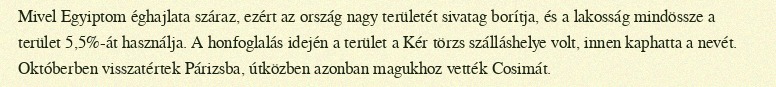
Mivel Egyiptom éghajlata száraz, ezért az ország nagy területét sivatag borítja, és a lakosság mindössze a terület 5,5%-át használja. A honfoglalás idején a terület a Kér törzs szálláshelye volt, innen kaphatta a nevét. Októberben visszatértek Párizsba, útközben azonban magukhoz vették Cosimát.